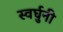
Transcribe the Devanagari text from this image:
स्वर्घुनी